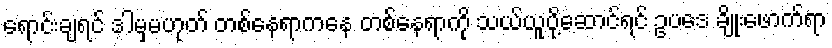
ရောင်းချရင် ဒါမှမဟုတ် တစ်နေရာကနေ တစ်နေရာကို သယ်ယူပို့ဆောင်ရင် ဥပဒေ ချိုးဖောက်ရာ